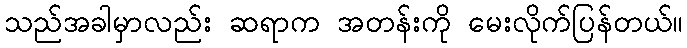
သည်အခါမှာလည်း ဆရာက အတန်းကို မေးလိုက်ပြန်တယ်။